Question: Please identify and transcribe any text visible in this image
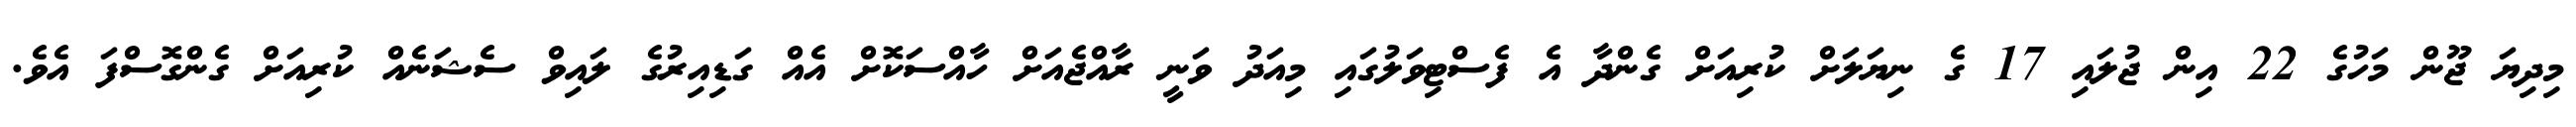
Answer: މިދިޔަ ޖޫން މަހުގެ 22 އިން ޖުލައި 17 ގެ ނިޔަލަށް ކުރިއަށް ގެންދާ އެ ފެސްޓިވަލުގައި މިއަދު ވަނީ ރާއްޖެއަށް ހާއްސަކޮށް އެއް ގަޑިއިރުގެ ލައިވް ސެޝަނެއް ކުރިއަށް ގެންގޮސްފަ އެވެ.